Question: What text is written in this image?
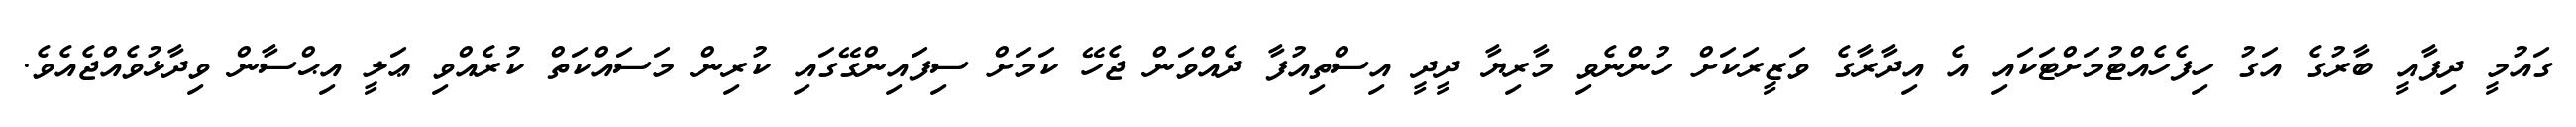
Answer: ގައުމީ ދިފާއީ ބާރުގެ އަގު ހިފެހެއްޓުމަށްޓަކައި އެ އިދާރާގެ ވަޒީރަކަށް ހުންނެވި މާރިޔާ ދީދީ އިސްތިއުފާ ދެއްވަން ޖެހޭ ކަމަށް ސިފައިންގޭގައި ކުރިން މަސައްކަތް ކުރެއްވި ޢަލީ އިޙްސާން ވިދާޅުވެއްޖެއެވެ.